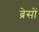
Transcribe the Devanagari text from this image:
ब्रेसों